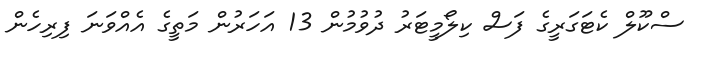
ސްކޫލް ކެޓަގަރީގެ ފަސް ކިލޯމީޓަރު ދުވުމުން 13 އަހަރުން މަތީގެ އެއްވަނަ ފިރިހެން